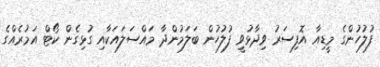
ފުލުހުންގެ މީޑިއާ އޮފިސަރު ވިދާޅުވީ ފުލުހުން ބަލަމުންދާ މައްސަލައަކާއި ގުޅިގެން ކޯޓް އަމުރެއްގެ